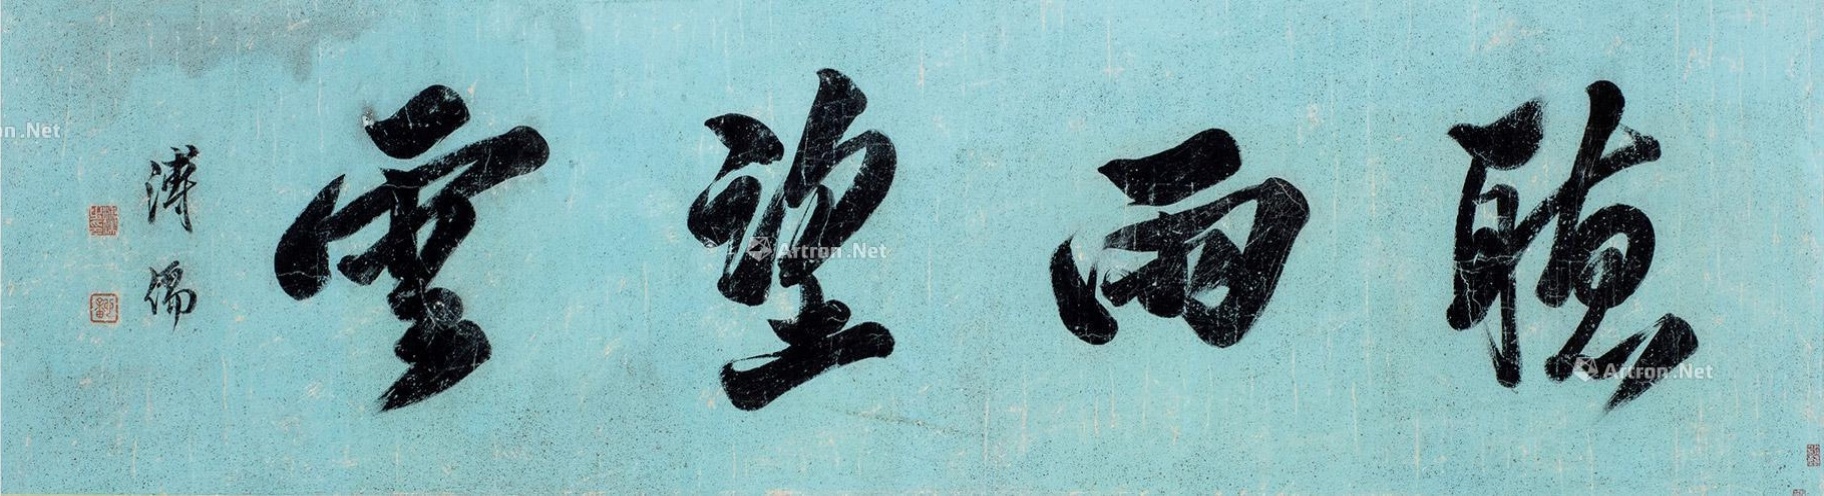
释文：听雨望云溥儒